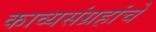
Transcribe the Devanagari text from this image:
काव्यसंग्रहांचे